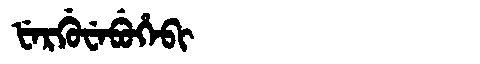
Manchu: ᡶᡝᡵᡤᡠᠸᡝᠪᡠᡥᡝᠪᡳ
Romanization: FERGUWEBUHEBI